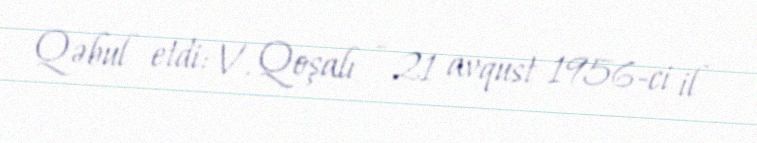
Qəbul etdi: V. Qoşalı - 21 avqust 1956-ci il